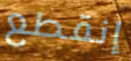
إنقطع